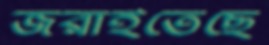
জরাইতেছে